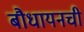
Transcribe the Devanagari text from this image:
बौधायनची